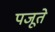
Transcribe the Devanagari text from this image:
पजूते